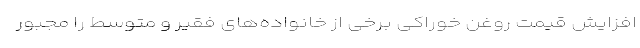
افزایش قیمت روغن خوراکی برخی از خانواده‌های فقیر و متوسط را مجبور